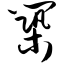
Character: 筑